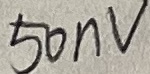
Text: 50nV